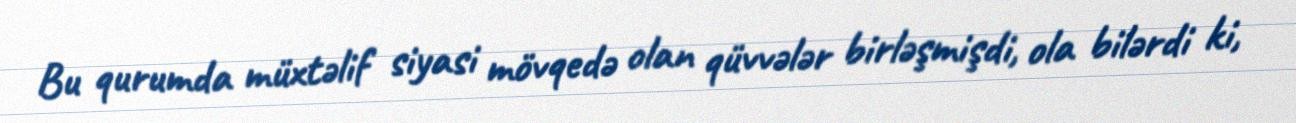
Bu qurumda müxtəlif siyasi mövqedə olan qüvvələr birləşmişdi, ola bilərdi ki,